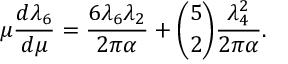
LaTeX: \mu { \frac { d \lambda _ { 6 } } { d \mu } } = { \frac { 6 \lambda _ { 6 } \lambda _ { 2 } } { 2 \pi \alpha } } + { \binom { 5 } { 2 } } { \frac { \lambda _ { 4 } ^ { 2 } } { 2 \pi \alpha } } .